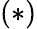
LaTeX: (*)